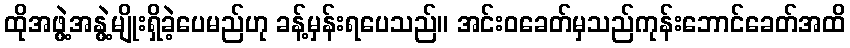
ထိုအဖွဲ့အနွဲ့မျိုးရှိခဲ့ပေမည်ဟု ခန့်မှန်းရပေသည်။ အင်းဝခေတ်မှသည်ကုန်းဘောင်ခေတ်အထိ